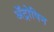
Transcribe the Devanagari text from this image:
अॅट्रोपिन